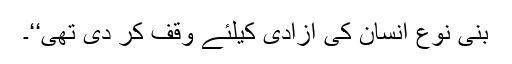
بنی نوع انسان کی آزادی کیلئے وقف کر دی تھی‘‘۔